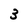
Character: 3